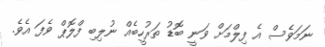
ނަމަވެސް އެ ފިލްމަށް ވަނީ ބޮޑު ތަރުހީބެއް ނުލިބި ފްލޮޕް ވެފަ އެވެ.